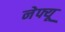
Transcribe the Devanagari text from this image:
नेफ्यू